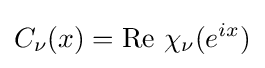
C_{\nu }(x)=\operatorname {Re} \,\chi _{\nu }(e^{ix})